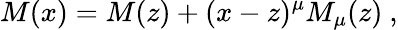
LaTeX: M(x)=M(z)+(x-z)^{\mu}M_{\mu}(z)\ ,